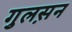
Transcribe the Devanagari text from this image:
गुलस़न